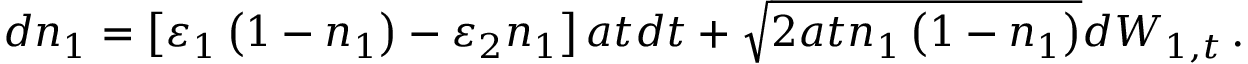
d n _ { 1 } = \left[ \varepsilon _ { 1 } \left( 1 - n _ { 1 } \right) - \varepsilon _ { 2 } n _ { 1 } \right] a t d t + \sqrt { 2 a t n _ { 1 } \left( 1 - n _ { 1 } \right) } d W _ { 1 , t } \, .